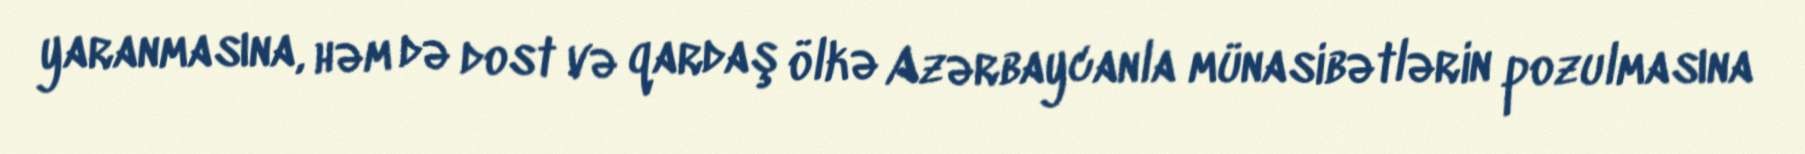
yaranmasına, həm də dost və qardaş ölkə Azərbaycanla münasibətlərin pozulmasına